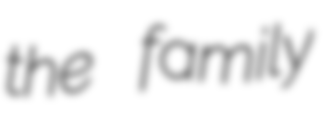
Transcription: the family